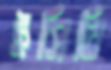
ইসিবি